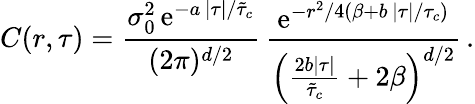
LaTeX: C(r,\tau)=\frac{\sigma_{0}^{2}\, \mathrm{e}^{-a\, \lvert\tau\rvert/\tilde{\tau}_{c}}}{(2\pi)^{d/2}}\, \frac{\mathrm{e}^{-r^{2}/4\left(\beta+b\, \lvert\tau\rvert/\tau_{c}\right)}}{\left(\frac{2b\lvert\tau\rvert}{\tilde{\tau}_{c}}+2\beta\right)^{d/2}}\, .